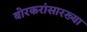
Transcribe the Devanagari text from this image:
बोरकरांसारख्या